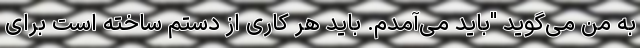
به من می‌گوید "باید می‌آمدم. باید هر کاری از دستم ساخته است برای